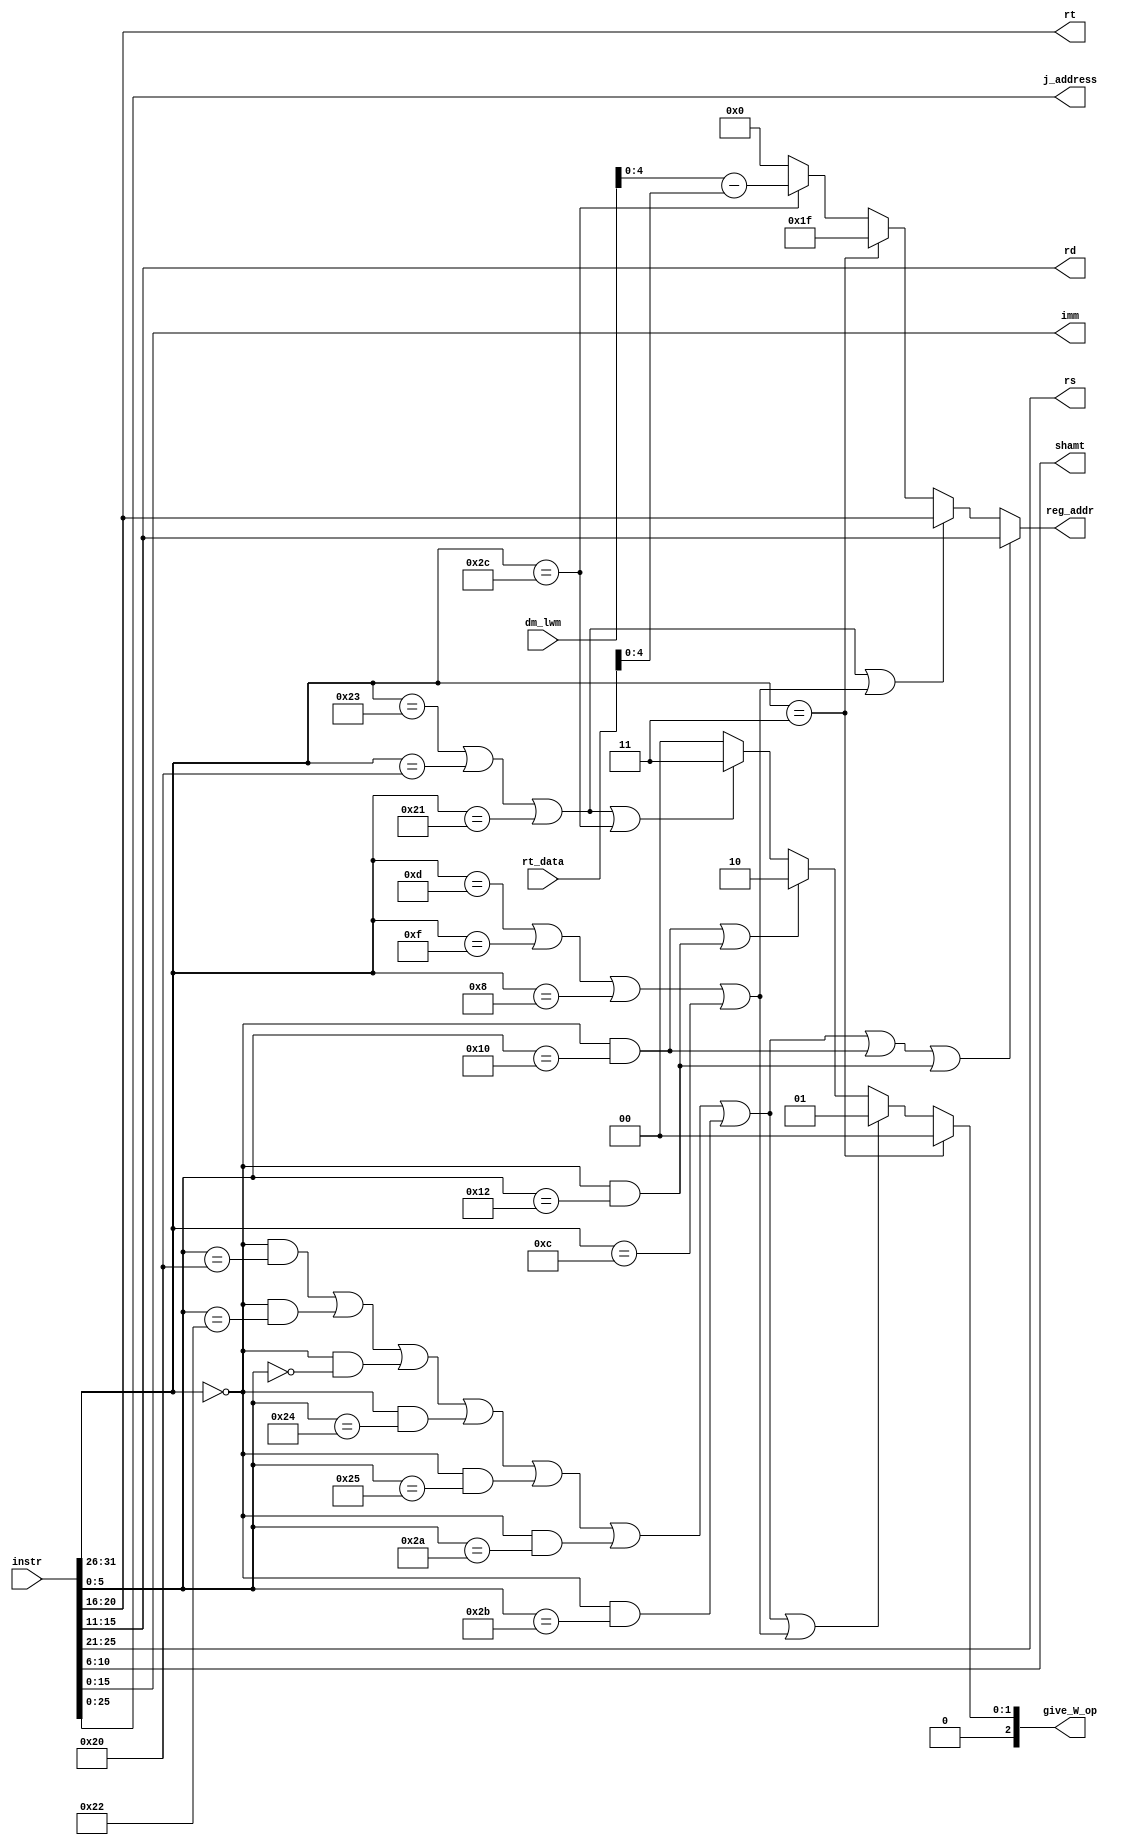
module CU_W (
    input [31:0] instr,

    output [25:21] rs,
    output [20:16] rt,
    output [15:11] rd,
    output [ 10:6] shamt,
    output [ 15:0] imm,
    output [ 25:0] j_address,

    output reg [4:0] reg_addr,

    output reg [2:0] give_W_op,

    input [31:0] dm_lwm,
    input [31:0] rt_data
);
    wire [5:0] op = instr[31:26];
    assign rs    = instr[25:21];
    assign rt    = instr[20:16];
    assign rd    = instr[15:11];
    assign shamt = instr[10:6];
    wire [5:0] func = instr[5:0];
    assign imm       = instr[15:0];
    assign j_address = instr[25:0];

    wire R = (op == 6'b000000);

    wire add = R & (func == 6'b100000);
    wire sub = R & (func == 6'b100010);
    wire jr = R & (func == 6'b001000);
    wire sll = R & (func == 6'b000000);

    wire ori = (op == 6'b001101);
    wire lw = (op == 6'b100011);
    wire sw = (op == 6'b101011);
    wire beq = (op == 6'b000100);
    wire lui = (op == 6'b001111);
    wire jal = (op == 6'b000011);

    //P6
    wire instr_and = R & (func == 6'b100100);
    wire instr_or = R & (func == 6'b100101);
    wire slt = R & (func == 6'b101010);
    wire sltu = R & (func == 6'b101011);

    wire andi = (op == 6'b001100);
    wire addi = (op == 6'b001000);
    wire lb = (op == 6'b100000);
    wire lh = (op == 6'b100001);
    wire sb = (op == 6'b101000);
    wire sh = (op == 6'b101001);

    wire bne = (op == 6'b000101);

    wire mult = R & (func == 6'b011000);
    wire multu = R & (func == 6'b011001);
    wire div = R & (func == 6'b011010);
    wire divu = R & (func == 6'b011011);

    wire mfhi = R & (func == 6'b010000);
    wire mflo = R & (func == 6'b010010);
    wire mthi = R & (func == 6'b010001);
    wire mtlo = R & (func == 6'b010011);

    wire bds = R & (func == 6'b001010);

    wire lwm = (op == 6'b101100);

    wire btheq = (op == 6'b101111);

    wire cal_r = (add | sub | sll | instr_and | instr_or | slt | sltu);
    wire cal_i = (ori | lui | addi | andi);
    wire load = (lw | lb | lh);
    wire store = (sw | sb | sh);
    wire md = (mult | multu | div | divu | bds);

    always @(*) begin
        //reg_addr
        if (cal_r | mfhi | mflo) reg_addr = rd;  //rd
        else if (load | cal_i) reg_addr = rt;  //rt
        else if (jal) reg_addr = 5'd31;  //$ra $31
        else if (lwm) begin
            reg_addr = dm_lwm - rt_data;
        end else reg_addr = 5'd0;  //$0

        //give_W_op reg_data
        if (jal) give_W_op = 3'd0;  //pc_W+8
        else if (cal_r | cal_i) give_W_op = 3'd1;  //alu_out_W
        else if (mfhi | mflo) give_W_op = 3'd2;  //md_out_W
        else if (load | lwm) give_W_op = 3'd3;  //dm_out_W
        else give_W_op = 3'd0;  //else
    end
endmodule